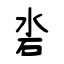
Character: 沯